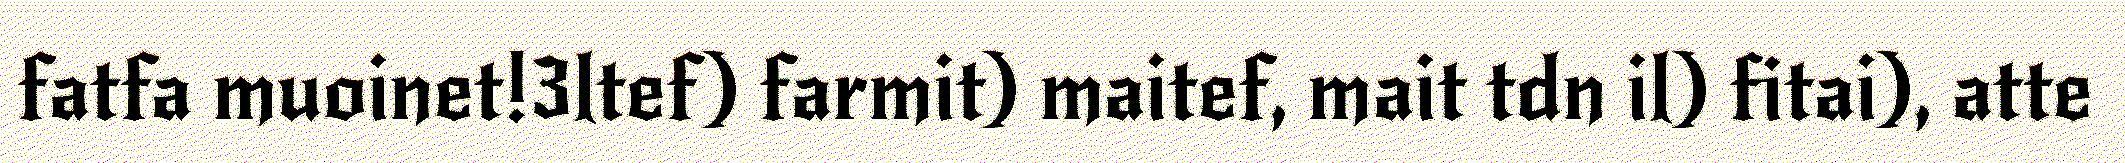
fatfa muoinet!3ltef) farmit) maitef, mait tdn il) fitai), atte